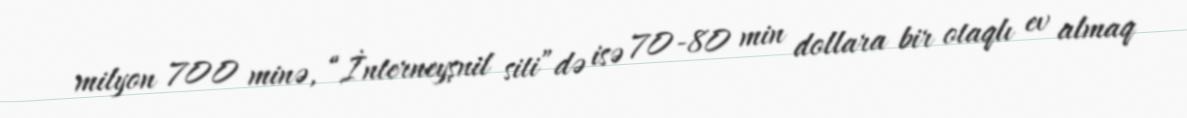
milyon 700 minə, “İnterneyşnil siti”də isə 70-80 min dollara bir otaqlı ev almaq